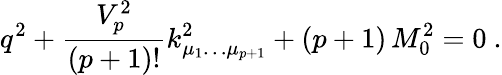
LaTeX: q^{2}+{\frac{V_{p}^{2}}{(p+1)!}}k_{\mu_{1}\dots\mu_{p+1}}^{2}+(p+1)\, M_{0}^{2}=0\ .